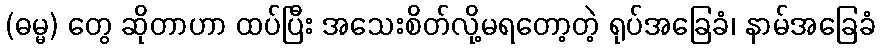
(ဓမ္မ) တွေ ဆိုတာဟာ ထပ်ပြီး အသေးစိတ်လို့မရတော့တဲ့ ရုပ်အခြေခံ၊ နာမ်အခြေခံ